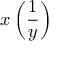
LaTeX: x \left( { \frac { 1 } { y } } \right)